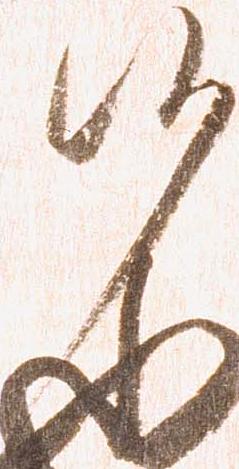
候